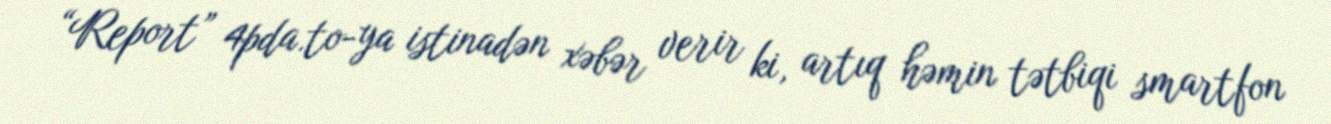
“Report” 4pda.to-ya istinadən xəbər verir ki, artıq həmin tətbiqi smartfon